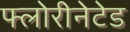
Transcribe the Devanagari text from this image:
फ्लोरीनेटेड